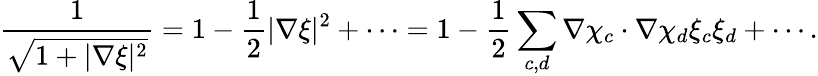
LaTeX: \frac{1}{\sqrt{1+|\nabla\xi|^{2}}}=1-\frac{1}{2}|\nabla\xi|^{2}+\cdots=1-\frac{1}{2}\sum_{c,d}\nabla\chi_{c}\cdot\nabla\chi_{d}\xi_{c}\xi_{d}+\cdots.